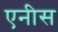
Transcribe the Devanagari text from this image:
एनीस